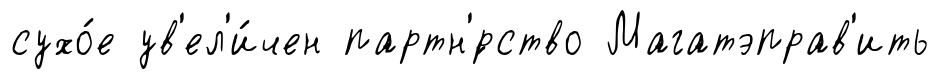
сухо́е ув'ел'и́чен партн'́рство Магатэправ'ить